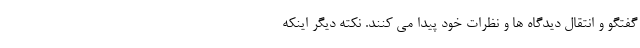
گفتگو و انتقال دیدگاه ها و نظرات خود پیدا می کنند. نکته دیگر اینکه